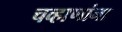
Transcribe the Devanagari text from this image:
चव्हाणांना